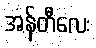
အန်တီလေး